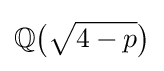
\mathbb {Q} {\big (}{\sqrt {4-p}}{\big )}